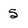
Character: 5